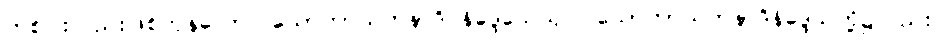
တစ်ပါးလည်းဖြစ်ကုန်သော။ သောတာယတနာဒိ နိဒ္ဒေသေသုပိ၊ သောတာယတနာဒိနိဒ္ဒေသတို့၌လည်း။